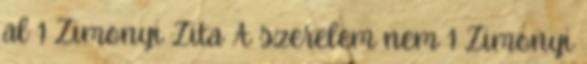
al 1 Zimonyi Zita A szerelem nem 1 Zimonyi